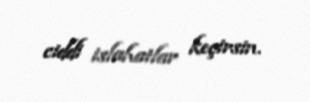
ciddi islahatlar keçirsin.